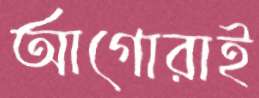
আগোরাই